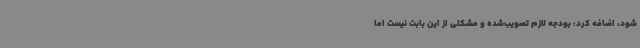
شود، اضافه کرد: بودجه لازم تصویب‌شده و مشکلی از این بابت نیست اما